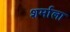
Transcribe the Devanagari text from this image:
शर्माला